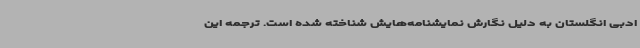
ادبی انگلستان به دلیل نگارش نمایشنامه‌هایش شناخته شده است. ترجمه این